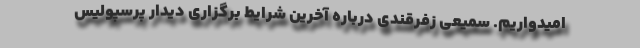
امیدواریم. سمیعی زفرقندی درباره آخرین شرایط برگزاری دیدار پرسپولیس